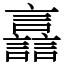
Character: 譶